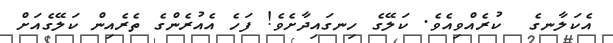
އެކަލާނގެ  ކުރެއްވިއެވެ. ކަލޭގެ ހިނގައިދާށެވެ! ފަހެ އެއުރެންގެ ތެރެއިން ކަލޭގެއަށް